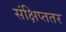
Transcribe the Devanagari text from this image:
संक्षिप्ततर